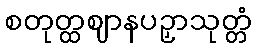
စတုတ္ထဈာနပဉှာသုတ္တံ